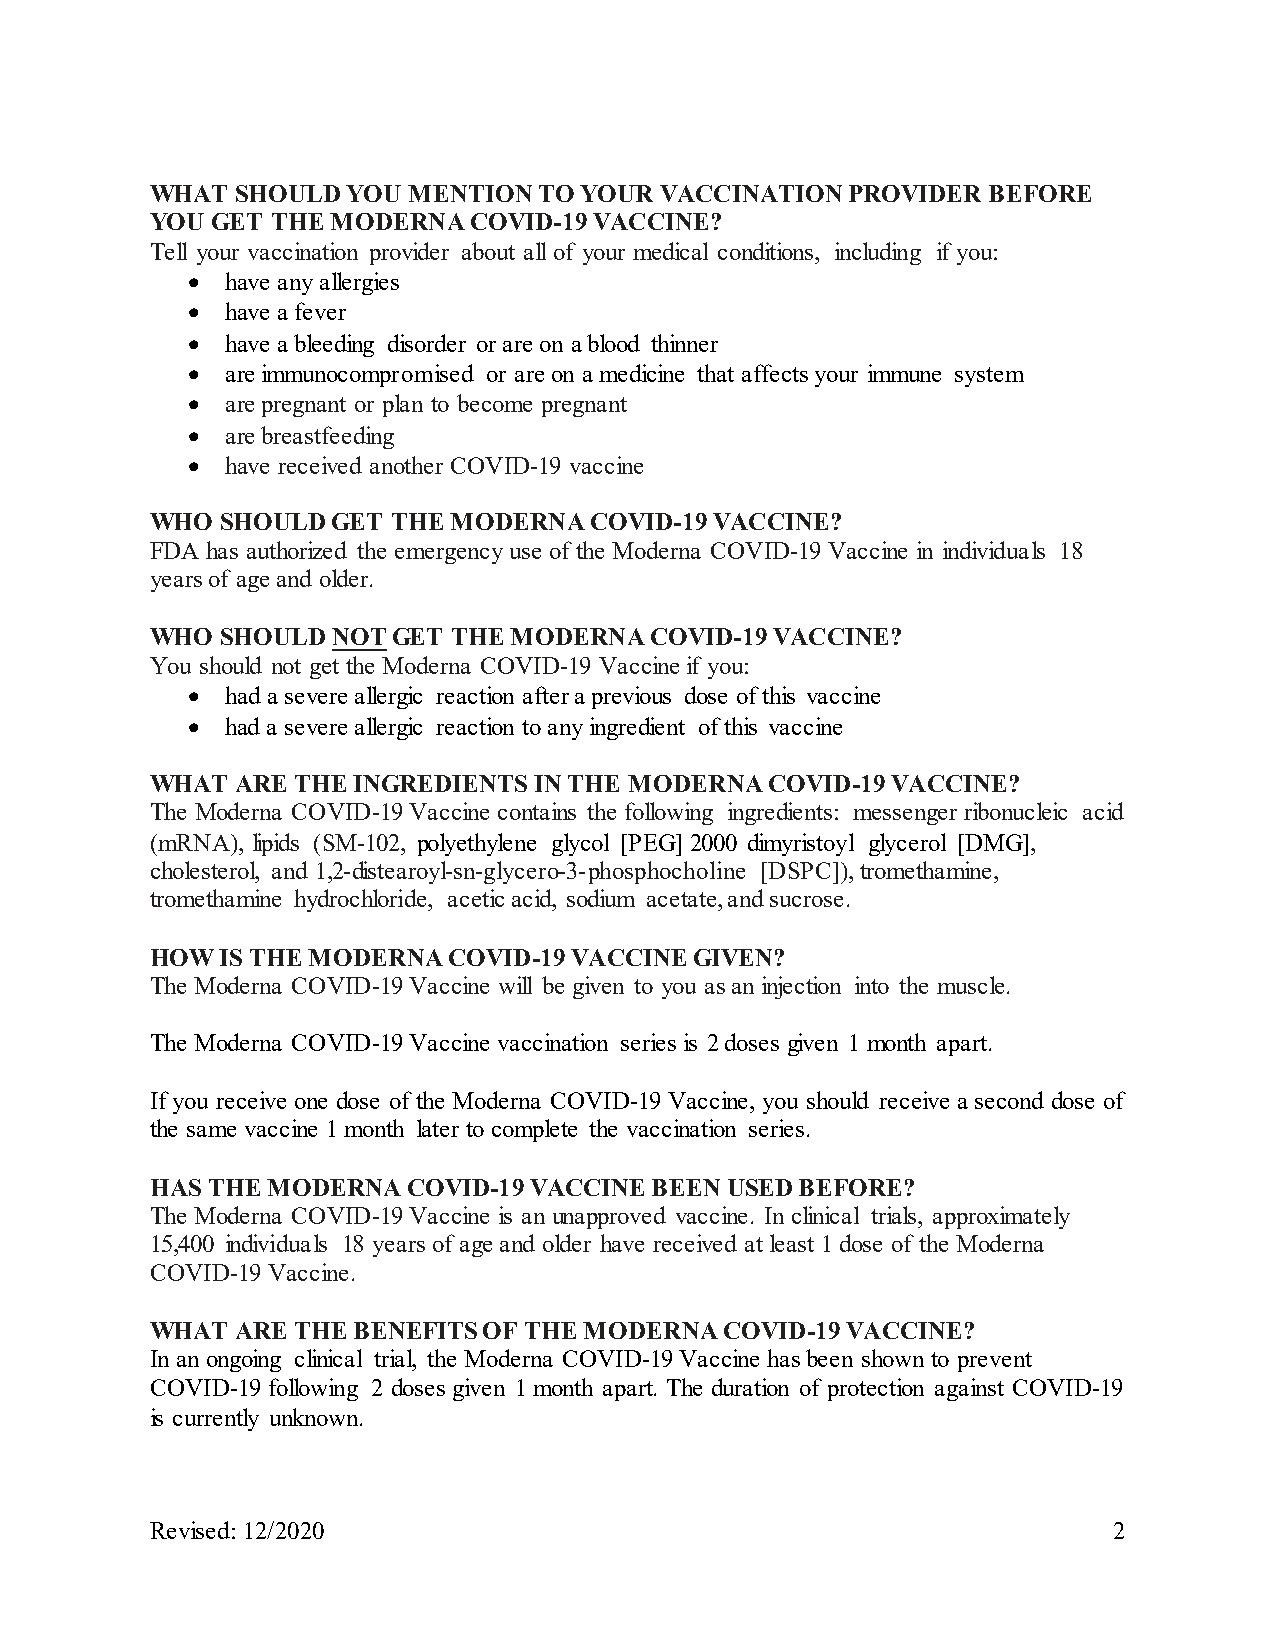
WHAT  SHOULD YOU MENTION  TO YOUR VACCINATION PROVIDER BEFORE
 YOU GET THE MODERNA  COVID-19 VACCINE?
 Tell your vaccination provider about all of your medical conditions, including if you:
 •  have any allergies
 •  have a fever
 •  have a bleeding disorder or are on a blood thinner
 •  are immunocompromised or are on a medicine that affects your immune system
 •  are pregnant or plan to become pregnant
 •  are breastfeeding
 •  have received another COVID-19 vaccine
 WHO  SHOULD GET THE MODERNA  COVID-19 VACCINE?
 FDA has authorized the emergency use of the Moderna COVID-19 Vaccine in individuals 18
 years of age and older.
 WHO  SHOULD NOT GET THE MODERNA  COVID-19 VACCINE?
 You should not get the Moderna COVID-19 Vaccine if you:
 •  had a severe allergic reaction after a previous dose of this vaccine
 •  had a severe allergic reaction to any ingredient of this vaccine
 WHAT  ARE THE INGREDIENTS IN THE MODERNA COVID-19 VACCINE?
 The Moderna COVID-19 Vaccine contains the following ingredients: messenger ribonucleic acid
 (mRNA), lipids (SM-102, polyethylene glycol [PEG] 2000 dimyristoyl glycerol [DMG],
 cholesterol, and 1,2-distearoyl-sn-glycero-3-phosphocholine [DSPC]), tromethamine,
 tromethamine hydrochloride, acetic acid, sodium acetate, and sucrose.
 HOW  IS THE MODERNA COVID-19 VACCINE GIVEN?
 The Moderna COVID-19 Vaccine will be given to you as an injection into the muscle.
 The Moderna COVID-19 Vaccine vaccination series is 2 doses given 1 month apart.
 If you receive one dose of the Moderna COVID-19 Vaccine, you should receive a second dose of
 the same vaccine 1 month later to complete the vaccination series.
 HAS THE MODERNA  COVID-19 VACCINE BEEN USED BEFORE?
 The Moderna COVID-19 Vaccine is an unapproved vaccine. In clinical trials, approximately
 15,400 individuals 18 years of age and older have received at least 1 dose of the Moderna
 COVID-19 Vaccine.
 WHAT  ARE THE BENEFITS OF THE MODERNA COVID-19 VACCINE?
 In an ongoing clinical trial, the Moderna COVID-19 Vaccine has been shown to prevent
 COVID-19 following 2 doses given 1 month apart. The duration of protection against COVID-19
 is currently unknown.
 Revised: 12/2020                                                2